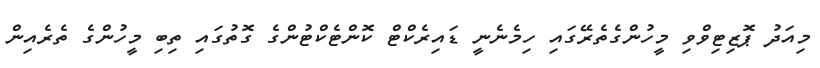
މިއަދު ޕޮޒިޓިވްވި މީހުންގެތެރޭގައި ހިމެނެނީ ޑައިރެކްޓް ކޮންޓެކްޓުންގެ ގޮތުގައި ތިބި މީހުންގެ ތެރެއިން